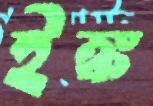
ইঙ্ক